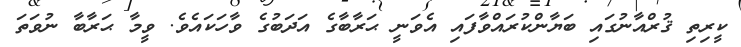
ކީރިތި ޤުރްއާނުގައި ބަޔާންކުރައްވާފައި އެވަނީ ޙަރާބާގެ އަދަބުގެ ވާހަކައެވެ. ވީމާ ޙަރާބާ ނުވަތަ